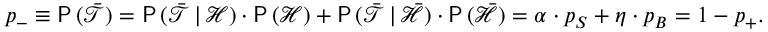
p _ { - } \equiv \mathsf { P } \, ( \bar { \mathcal { T } } ) = \mathsf { P } \, ( \bar { \mathcal { T } } \, | \, \mathcal { H } ) \cdot \mathsf { P } \, ( \mathcal { H } ) + \mathsf { P } \, ( \bar { \mathcal { T } } \, | \, \bar { \mathcal { H } } ) \cdot \mathsf { P } \, ( \bar { \mathcal { H } } ) = \alpha \cdot p _ { S } + \eta \cdot p _ { B } = 1 - p _ { + } .